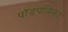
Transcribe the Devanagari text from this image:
पॉडपत्रिका